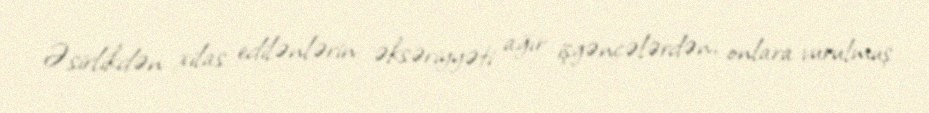
Əsirlikdən xilas edilənlərin əksəriyyəti ağır işgəncələrdən, onlara vurulmuş